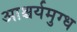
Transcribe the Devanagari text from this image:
आश्चर्यमुग्ध